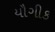
યૌગીક